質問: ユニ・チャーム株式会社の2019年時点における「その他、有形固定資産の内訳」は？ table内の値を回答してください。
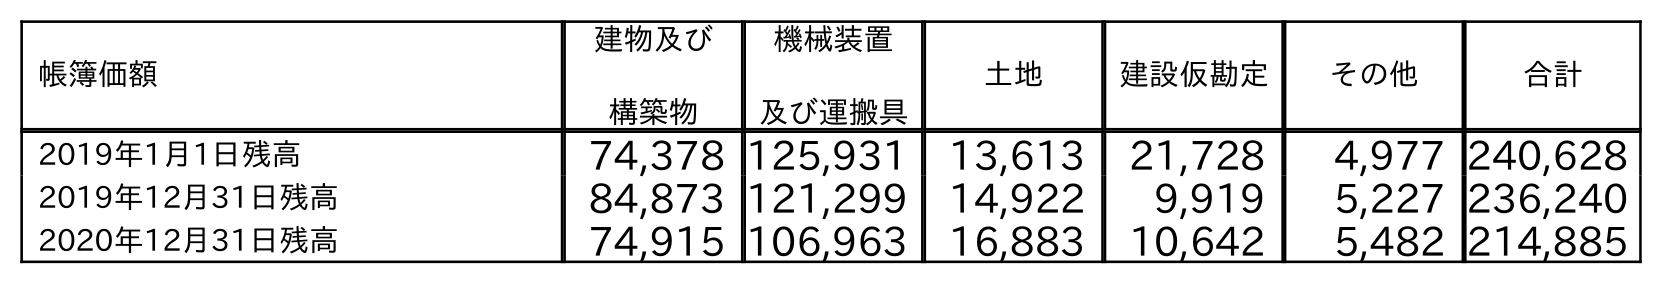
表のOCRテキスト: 帳簿価額 建物及び 構築物 機械装置 及び運搬具 土地 建設仮勘定 その他 合計 2019年1月1日残高 74,378 125,931 13,613 21,728 4,977 240,628 2019年12月31日残高 84,873 121,299 14,922 9,919 5,227 236,240 2020年12月31日残高 74,915 106,963 16,883 10,642 5,482 214,885
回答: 5,227